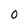
Character: 0